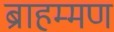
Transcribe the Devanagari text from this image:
ब्राहम्मण